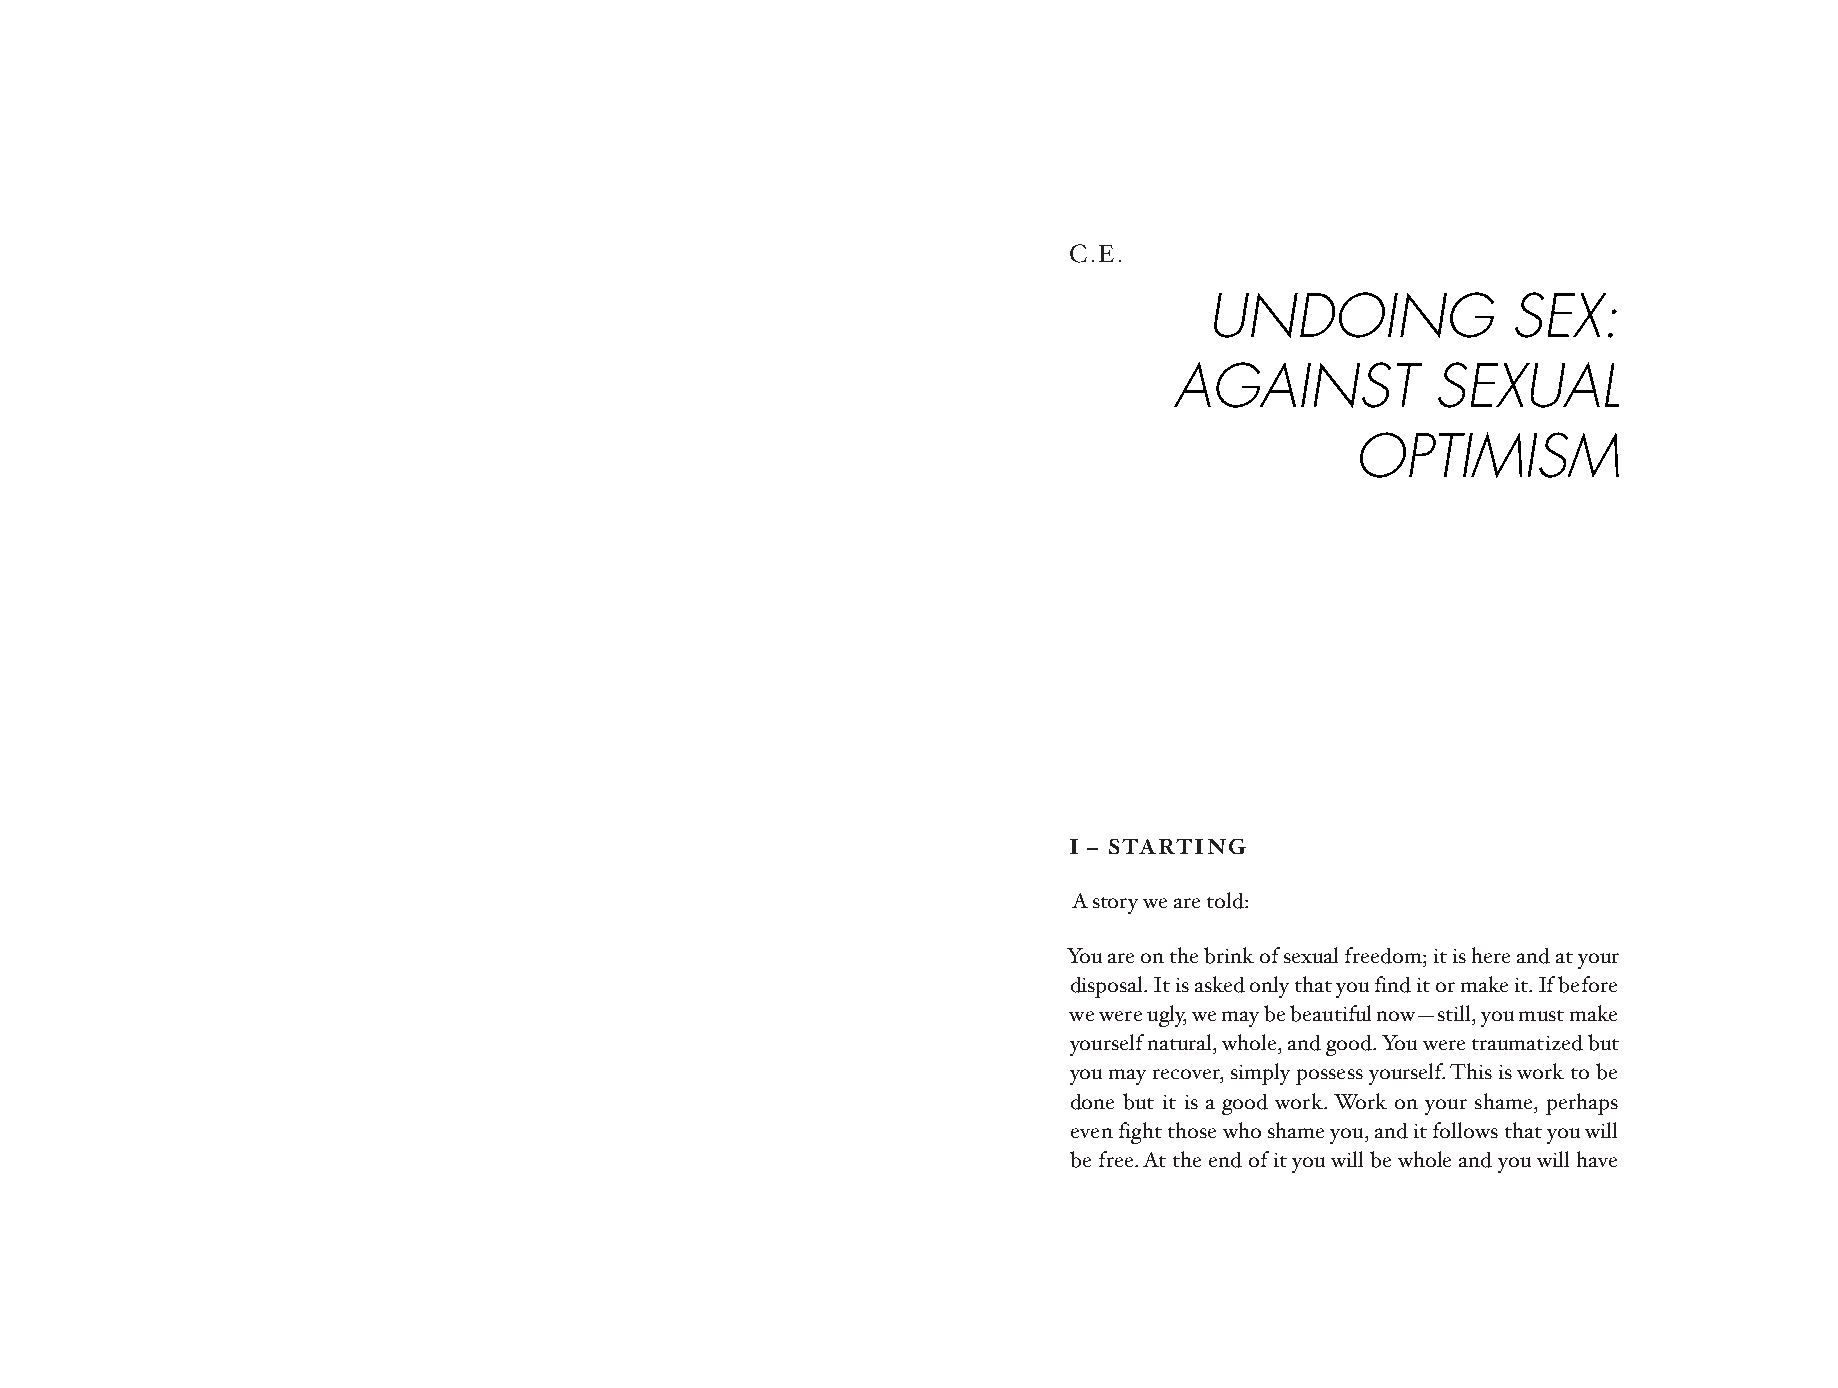
C.E.
 UNDOING             SEX:
 AGAINST          SEXUAL
 OPTIMISM
 I – STARTING
 A story we are told:
 You are on the brink of sexual freedom; it is here and at your
 disposal. It is asked only that you find it or make it. If before
 we were ugly, we may be beautiful now—still, you must make
 yourself natural, whole, and good. You were traumatized but
 you may recover, simply possess yourself. This is work to be
 done but it is a good work. Work on your shame, perhaps
 even fight those who shame you, and it follows that you will
 be free. At the end of it you will be whole and you will have